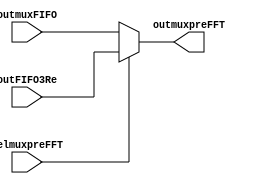
module muxpreFFT(selmuxpreFFT,outmuxFIFO,outFIFO3Re,outmuxpreFFT);
	input selmuxpreFFT;
	input [31:0]outmuxFIFO;
	input [31:0]outFIFO3Re;
	output [31:0]outmuxpreFFT;
	
	//wire [31:0] outFIFO3Re_con;
	
	assign outmuxpreFFT = (selmuxpreFFT)?outFIFO3Re:outmuxFIFO;
	
endmodule